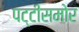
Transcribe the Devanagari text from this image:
पट्टीसमोर